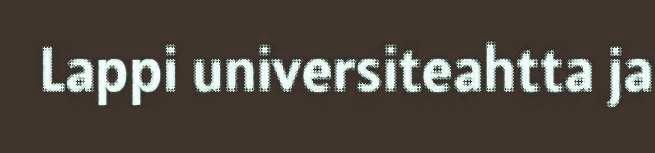
Lappi universiteahtta ja